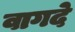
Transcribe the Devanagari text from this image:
वागदे